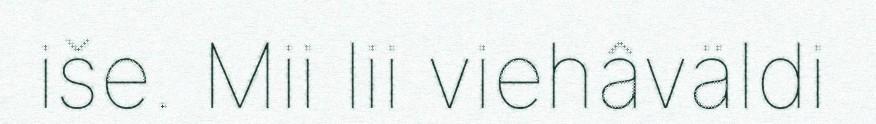
iše. Mii lii viehâväldi